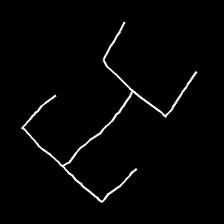
Glyph: entwine